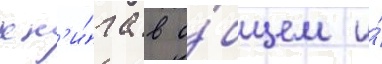
кн'и́га в о́бщем и́